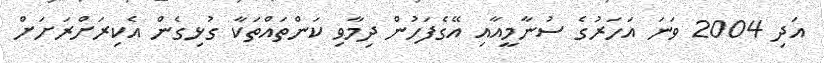
އަދި 2004 ވަނަ އަހަރުގެ ސުނާމީއާއި އޭގެފަހުން ދިމާވި ކަންތައްތަކާ ގުޅިގެން އެކިރަށްރަށަށް